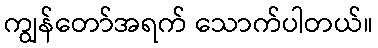
ကျွန်တော်အရက် သောက်ပါတယ်။